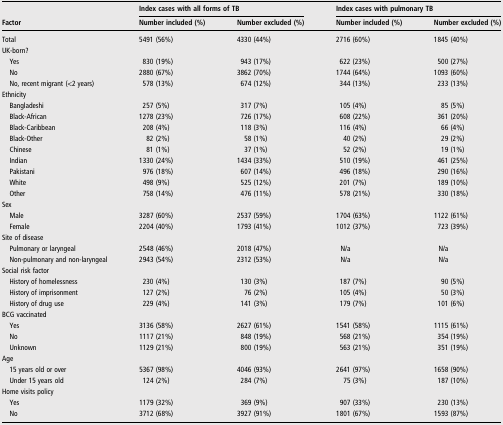
<table><thead><tr><td rowspan="2"><b>Factor</b></td><td colspan="2"><b>Index cases with all forms of TB</b></td><td colspan="2"><b>Index cases with pulmonary TB</b></td></tr><tr><td><b>Number included (%)</b></td><td><b>Number excluded (%)</b></td><td><b>Number included (%)</b></td><td><b>Number excluded (%)</b></td></tr></thead><tbody><tr><td>Total</td><td>5491 (56%)</td><td>4330 (44%)</td><td>2716 (60%)</td><td>1845 (40%)</td></tr><tr><td colspan="5">UK-born?</td></tr><tr><td> Yes</td><td>830 (19%)</td><td>943 (17%)</td><td>622 (23%)</td><td>500 (27%)</td></tr><tr><td> No</td><td>2880 (67%)</td><td>3862 (70%)</td><td>1744 (64%)</td><td>1093 (60%)</td></tr><tr><td> No, recent migrant (&lt;2 years)</td><td>578 (13%)</td><td>674 (12%)</td><td>344 (13%)</td><td>233 (13%)</td></tr><tr><td colspan="5">Ethnicity</td></tr><tr><td> Bangladeshi</td><td>257 (5%)</td><td>317 (7%)</td><td>105 (4%)</td><td>85 (5%)</td></tr><tr><td> Black-African</td><td>1278 (23%)</td><td>726 (17%)</td><td>608 (22%)</td><td>361 (20%)</td></tr><tr><td> Black-Caribbean</td><td>208 (4%)</td><td>118 (3%)</td><td>116 (4%)</td><td>66 (4%)</td></tr><tr><td> Black-Other</td><td>82 (2%)</td><td>58 (1%)</td><td>40 (2%)</td><td>29 (2%)</td></tr><tr><td> Chinese</td><td>81 (1%)</td><td>37 (1%)</td><td>52 (2%)</td><td>19 (1%)</td></tr><tr><td> Indian</td><td>1330 (24%)</td><td>1434 (33%)</td><td>510 (19%)</td><td>461 (25%)</td></tr><tr><td> Pakistani</td><td>976 (18%)</td><td>607 (14%)</td><td>496 (18%)</td><td>290 (16%)</td></tr><tr><td> White</td><td>498 (9%)</td><td>525 (12%)</td><td>201 (7%)</td><td>189 (10%)</td></tr><tr><td> Other</td><td>758 (14%)</td><td>476 (11%)</td><td>578 (21%)</td><td>330 (18%)</td></tr><tr><td colspan="5">Sex</td></tr><tr><td> Male</td><td>3287 (60%)</td><td>2537 (59%)</td><td>1704 (63%)</td><td>1122 (61%)</td></tr><tr><td> Female</td><td>2204 (40%)</td><td>1793 (41%)</td><td>1012 (37%)</td><td>723 (39%)</td></tr><tr><td colspan="5">Site of disease</td></tr><tr><td> Pulmonary or laryngeal</td><td>2548 (46%)</td><td>2018 (47%)</td><td>N/a</td><td>N/a</td></tr><tr><td> Non-pulmonary and non-laryngeal</td><td>2943 (54%)</td><td>2312 (53%)</td><td>N/a</td><td>N/a</td></tr><tr><td colspan="5">Social risk factor</td></tr><tr><td> History of homelessness</td><td>230 (4%)</td><td>130 (3%)</td><td>187 (7%)</td><td>90 (5%)</td></tr><tr><td> History of imprisonment</td><td>127 (2%)</td><td>76 (2%)</td><td>105 (4%)</td><td>50 (3%)</td></tr><tr><td> History of drug use</td><td>229 (4%)</td><td>141 (3%)</td><td>179 (7%)</td><td>101 (6%)</td></tr><tr><td colspan="5">BCG vaccinated</td></tr><tr><td> Yes</td><td>3136 (58%)</td><td>2627 (61%)</td><td>1541 (58%)</td><td>1115 (61%)</td></tr><tr><td> No</td><td>1117 (21%)</td><td>848 (19%)</td><td>568 (21%)</td><td>354 (19%)</td></tr><tr><td> Unknown</td><td>1129 (21%)</td><td>800 (19%)</td><td>563 (21%)</td><td>351 (19%)</td></tr><tr><td colspan="5">Age</td></tr><tr><td> 15 years old or over</td><td>5367 (98%)</td><td>4046 (93%)</td><td>2641 (97%)</td><td>1658 (90%)</td></tr><tr><td> Under 15 years old</td><td>124 (2%)</td><td>284 (7%)</td><td>75 (3%)</td><td>187 (10%)</td></tr><tr><td colspan="5">Home visits policy</td></tr><tr><td> Yes</td><td>1179 (32%)</td><td>369 (9%)</td><td>907 (33%)</td><td>230 (13%)</td></tr><tr><td> No</td><td>3712 (68%)</td><td>3927 (91%)</td><td>1801 (67%)</td><td>1593 (87%)</td></tr></tbody></table>